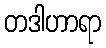
တဒါဟာရာ